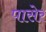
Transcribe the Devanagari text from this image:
पासेर